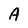
Character: A